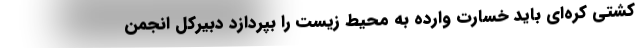
کشتی کره‌ای باید خسارت وارده به محیط زیست را بپردازد دبیرکل انجمن